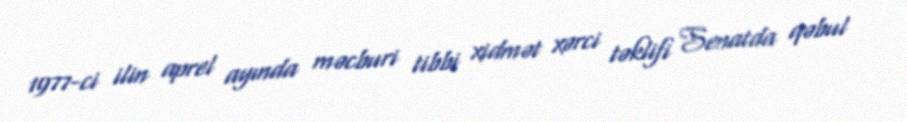
1977-ci ilin aprel ayında məcburi tibbi xidmət xərci təklifi Senatda qəbul